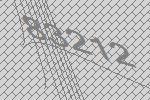
83212